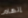
إتهام